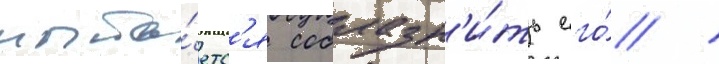
пыта́етс'я соблазн'и́ть его́ /